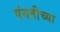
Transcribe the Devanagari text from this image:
पंगतीच्या